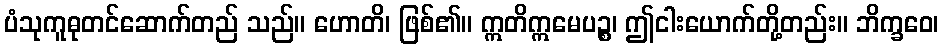
ပံသုကူဓုတင်ဆောက်တည် သည်။ ဟောတိ၊ ဖြစ်၏။ ဣတိဣမေပဉ္စ၊ ဤငါးယောက်တို့တည်း။ ဘိက္ခဝေ၊